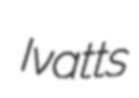
Ivatts